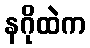
နဂိုထဲက